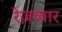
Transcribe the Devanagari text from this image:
रेज़व्वार